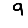
Digit: 9